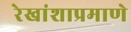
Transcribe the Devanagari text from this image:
रेखांशाप्रमाणे